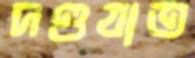
দণ্ডযাত